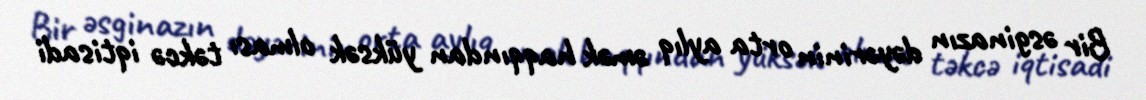
Bir əsginazın dəyərinin orta aylıq əmək haqqından yüksək olması təkcə iqtisadi